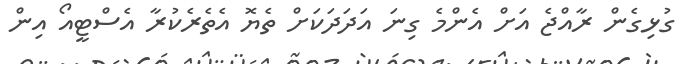
ގުޅިގެން ރާއްޖެ އަށް އެންމެ ގިނަ އަދަދަކަށް ތެޔޮ އެތެރެކުރާ އެސްޓީއޯ އިން